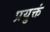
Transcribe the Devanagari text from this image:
प्रयुक्तं